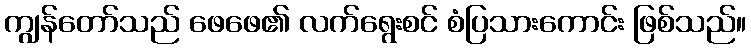
ကျွန်တော်သည် ဖေဖေ၏ လက်ရွေးစင် စံပြသားကောင်း ဖြစ်သည်။